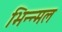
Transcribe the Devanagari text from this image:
भिन्न्मल